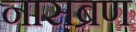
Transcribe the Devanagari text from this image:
नासब्रण